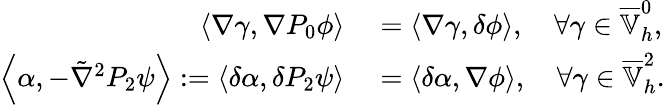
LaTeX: \begin{array}{rl}{\left\langle\nabla\gamma,\nabla P_{0}\phi\right\rangle}&{{}=\left\langle\nabla\gamma,\delta\phi\right\rangle,\quad\forall\gamma\in\overline{{\mathbb{V}}}_{h}^{0},}\\ {\left\langle\alpha,-\tilde{\nabla}^{2}P_{2}\psi\right\rangle:=\left\langle\delta\alpha,\delta P_{2}\psi\right\rangle}&{{}=\left\langle\delta\alpha,\nabla\phi\right\rangle,\quad\forall\gamma\in\overline{{\mathbb{V}}}_{h}^{2}.}\end{array}